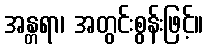
အန္တရာ၊ အတွင်းစွန်းဖြင့်။